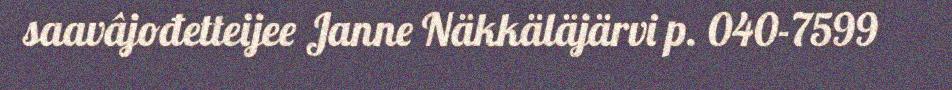
saavâjođetteijee Janne Näkkäläjärvi p. 040-7599